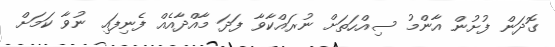
ގޮދަން ފުށުން އާންމު ސިއްހަތަށް ނުރައްކާވާ ފަދަ މާއްދާއެއް ފެނިފައި ނުވާ ކަމަށް